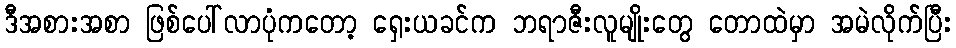
ဒီအစားအစာ ဖြစ်ပေါ်လာပုံကတော့ ရှေးယခင်က ဘရာဇီးလူမျိုးတွေ တောထဲမှာ အမဲလိုက်ပြီး